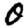
Digit: 0